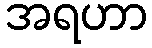
အရဟာ